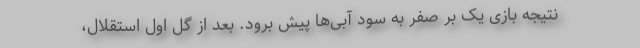
نتیجه بازی یک بر صفر به سود آبی‌ها پیش برود. بعد از گل اول استقلال،